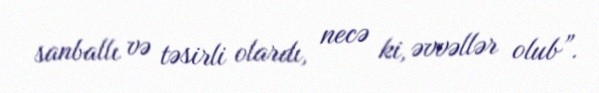
sanballı və təsirli olardı, necə ki, əvvəllər olub”.